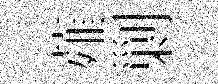
薤剿